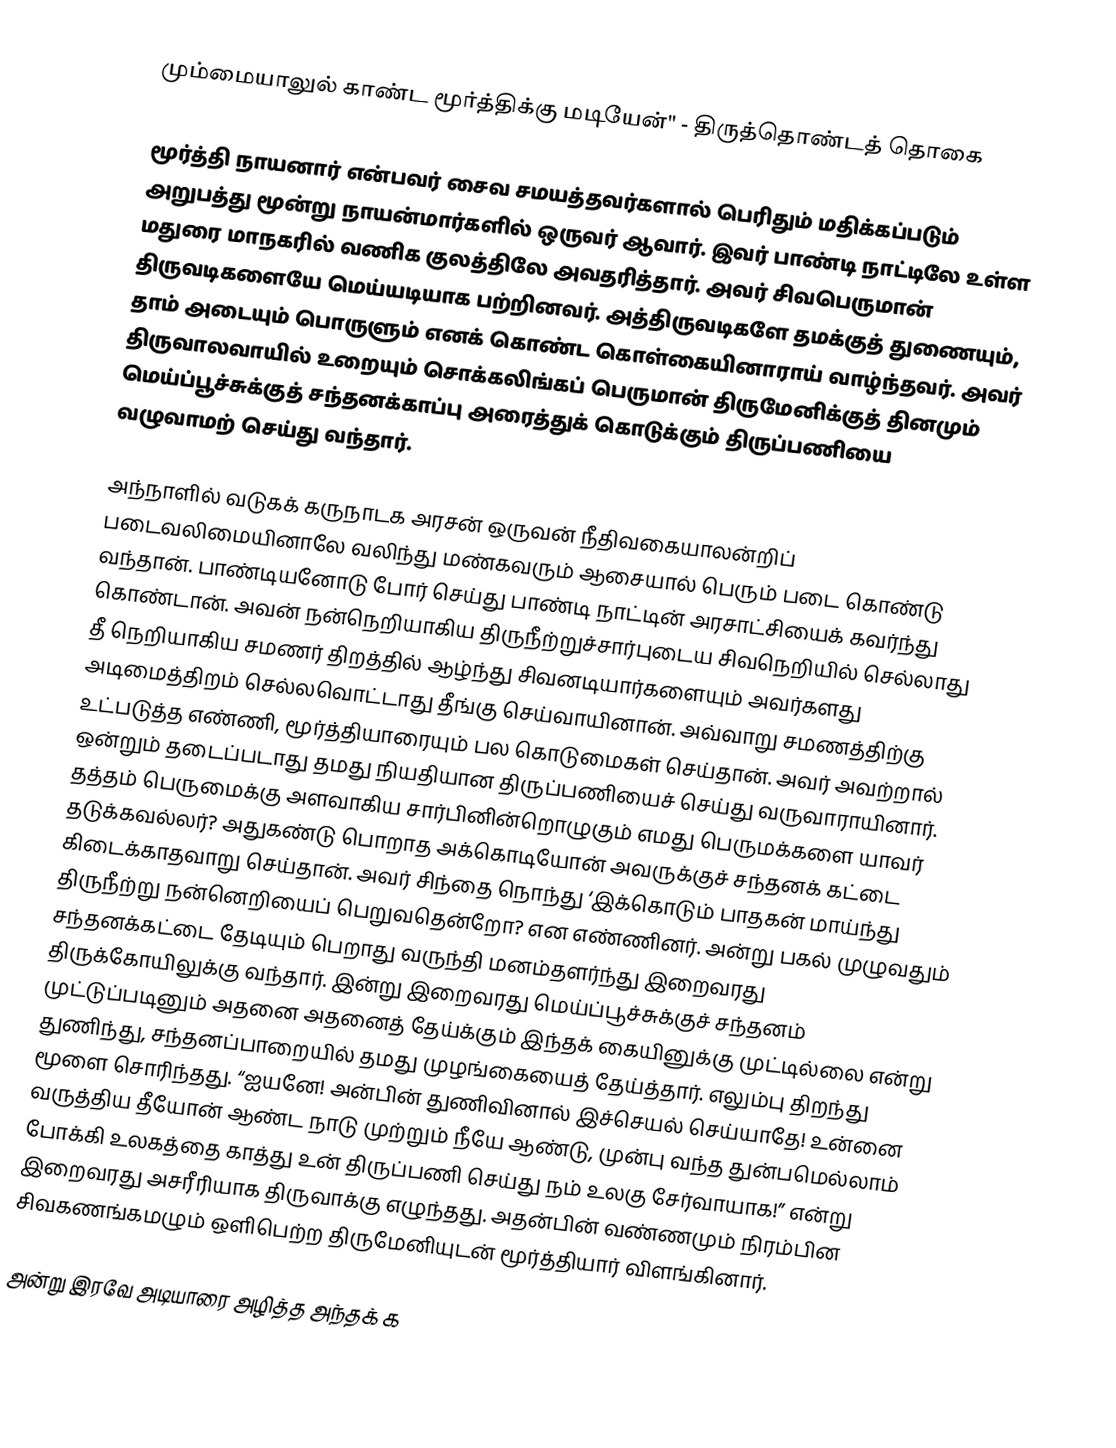
மும்மையாலுல் காண்ட மூர்த்திக்கு மடியேன்" - திருத்தொண்டத் தொகை

மூர்த்தி நாயனார் என்பவர் சைவ சமயத்தவர்களால் பெரிதும் மதிக்கப்படும் அறுபத்து மூன்று நாயன்மார்களில் ஒருவர் ஆவார். இவர்  பாண்டி நாட்டிலே உள்ள மதுரை மாநகரில் வணிக குலத்திலே அவதரித்தார். அவர் சிவபெருமான் திருவடிகளையே மெய்யடியாக பற்றினவர். அத்திருவடிகளே தமக்குத் துணையும், தாம் அடையும் பொருளும் எனக் கொண்ட கொள்கையினாராய் வாழ்ந்தவர். அவர் திருவாலவாயில் உறையும் சொக்கலிங்கப் பெருமான் திருமேனிக்குத் தினமும் மெய்ப்பூச்சுக்குத் சந்தனக்காப்பு அரைத்துக் கொடுக்கும் திருப்பணியை வழுவாமற் செய்து வந்தார்.

அந்நாளில் வடுகக் கருநாடக அரசன் ஒருவன் நீதிவகையாலன்றிப் படைவலிமையினாலே வலிந்து மண்கவரும் ஆசையால் பெரும் படை கொண்டு வந்தான். பாண்டியனோடு போர் செய்து பாண்டி நாட்டின் அரசாட்சியைக் கவர்ந்து கொண்டான். அவன் நன்நெறியாகிய திருநீற்றுச்சார்புடைய சிவநெறியில் செல்லாது தீ நெறியாகிய சமணர் திறத்தில் ஆழ்ந்து சிவனடியார்களையும் அவர்களது அடிமைத்திறம் செல்லவொட்டாது தீங்கு செய்வாயினான். அவ்வாறு சமணத்திற்கு உட்படுத்த எண்ணி, மூர்த்தியாரையும் பல கொடுமைகள் செய்தான். அவர் அவற்றால் ஒன்றும் தடைப்படாது தமது நியதியான திருப்பணியைச் செய்து வருவாராயினார். தத்தம் பெருமைக்கு அளவாகிய சார்பினின்றொழுகும் எமது பெருமக்களை யாவர் தடுக்கவல்லர்? அதுகண்டு பொறாத அக்கொடியோன் அவருக்குச் சந்தனக் கட்டை கிடைக்காதவாறு செய்தான். அவர் சிந்தை நொந்து ‘இக்கொடும் பாதகன் மாய்ந்து திருநீற்று நன்னெறியைப் பெறுவதென்றோ? என எண்ணினர். அன்று பகல் முழுவதும் சந்தனக்கட்டை தேடியும் பெறாது வருந்தி மனம்தளர்ந்து இறைவரது திருக்கோயிலுக்கு வந்தார். இன்று இறைவரது மெய்ப்பூச்சுக்குச் சந்தனம் முட்டுப்படினும் அதனை அதனைத் தேய்க்கும் இந்தக் கையினுக்கு முட்டில்லை என்று துணிந்து, சந்தனப்பாறையில் தமது முழங்கையைத் தேய்த்தார். எலும்பு திறந்து மூளை சொரிந்தது. “ஐயனே! அன்பின் துணிவினால் இச்செயல் செய்யாதே! உன்னை வருத்திய தீயோன் ஆண்ட நாடு முற்றும் நீயே ஆண்டு, முன்பு வந்த துன்பமெல்லாம் போக்கி உலகத்தை காத்து உன் திருப்பணி செய்து நம் உலகு சேர்வாயாக!” என்று இறைவரது அசரீரியாக திருவாக்கு எழுந்தது. அதன்பின் வண்ணமும் நிரம்பின சிவகணங்கமழும் ஒளிபெற்ற திருமேனியுடன் மூர்த்தியார் விளங்கினார்.

அன்று இரவே அடியாரை அழித்த அந்தக் க